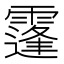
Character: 𩅛